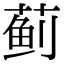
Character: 蓟